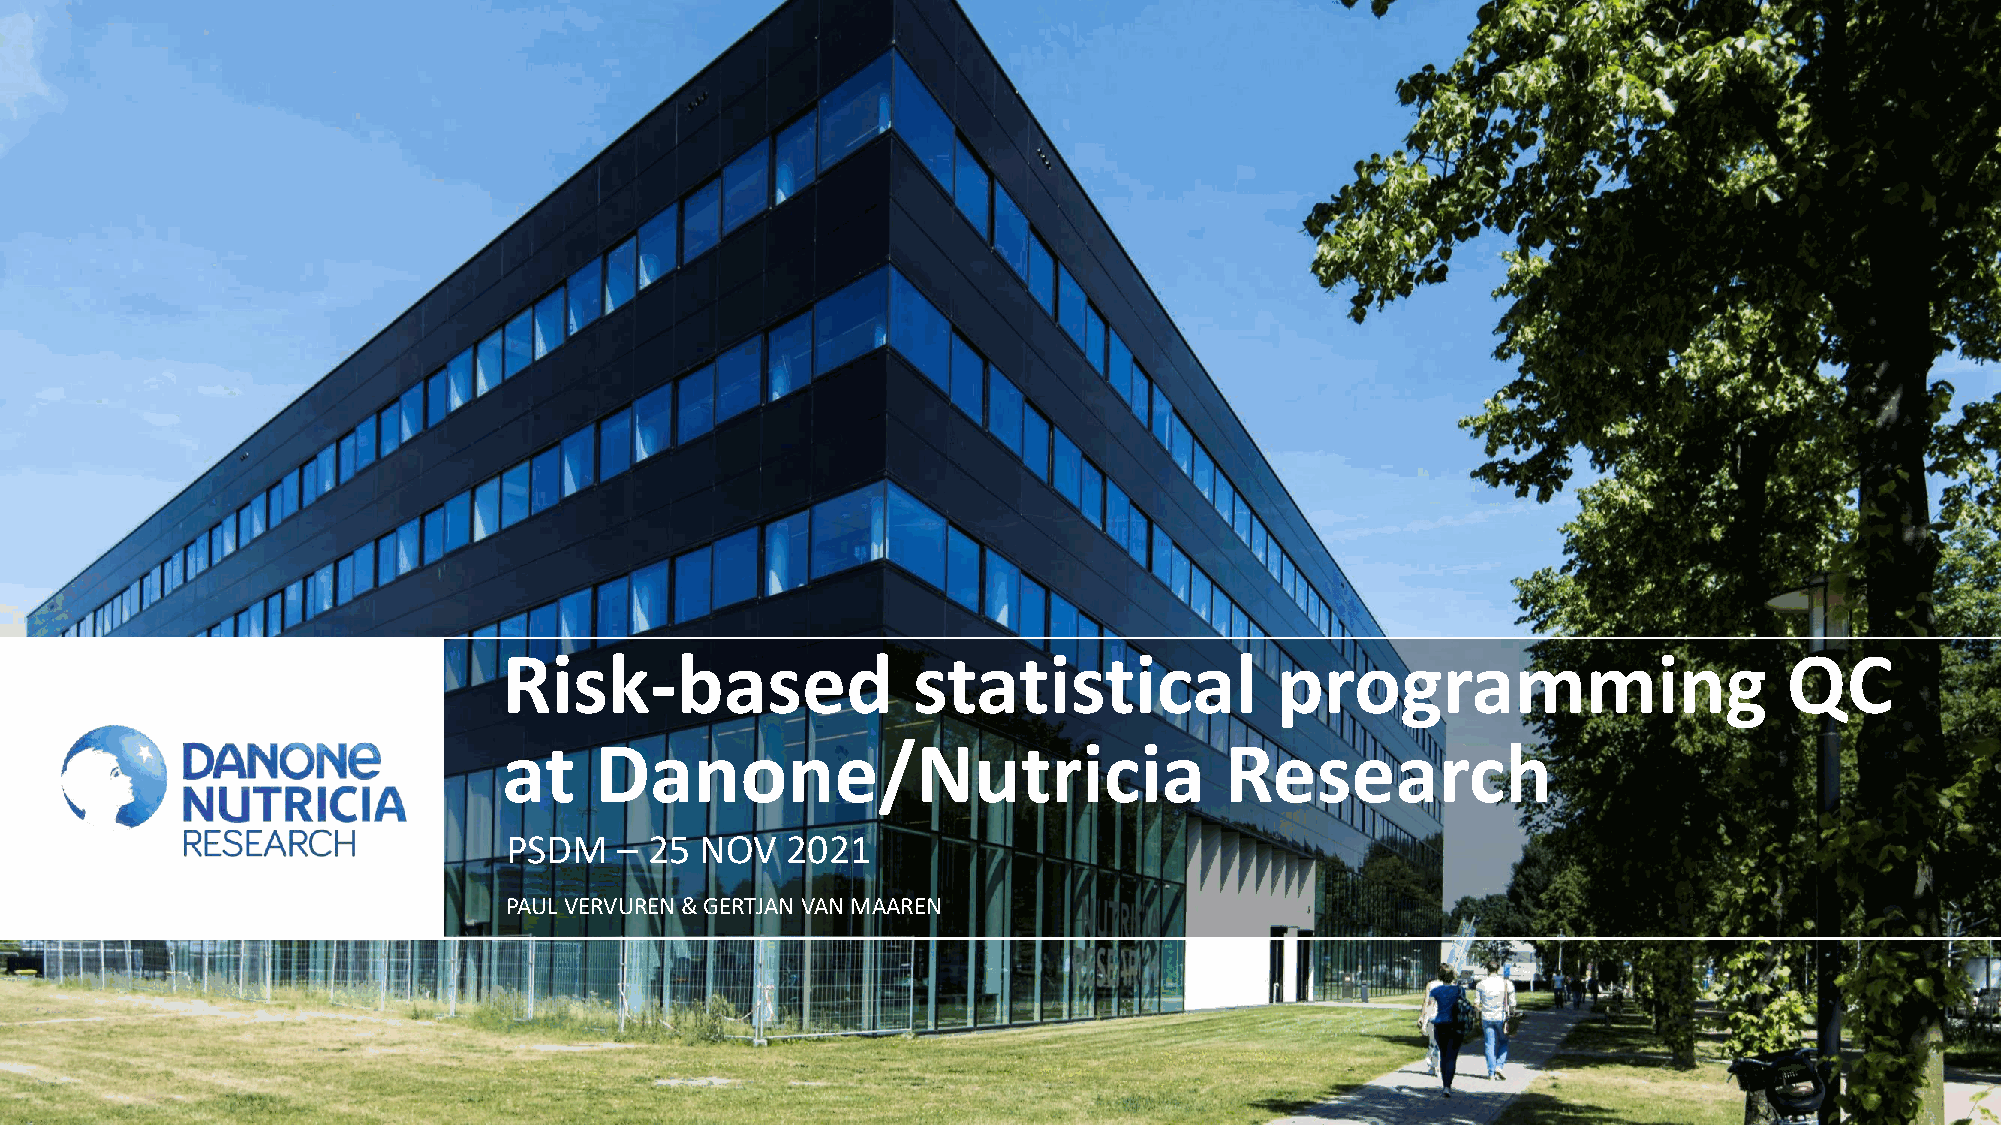
Risk-based                 statistical              programming                      QC
 at    Danone/Nutricia                           Research
 PSDM    – 25 NOV   2021
 PAUL VERVUREN& GERTJAN VAN MAAREN